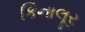
કિનાલૂર